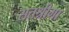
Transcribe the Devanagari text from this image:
सतश्रीगा